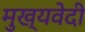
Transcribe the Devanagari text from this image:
मुख्यवेदी